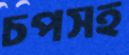
চপসহ